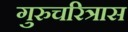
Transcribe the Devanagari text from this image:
गुरुचरित्रास